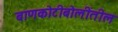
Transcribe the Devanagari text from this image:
बाणकोटीबोलींतील